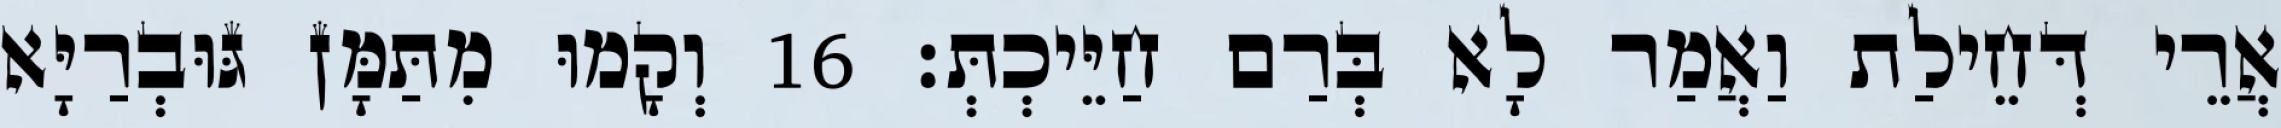
אֲרֵי דְּחֵילַת וַאֲמַר לָא בְּרַם חַיֵּיכְתְּ׃ 16 וְקָמוּ מִתַּמָּן גּוּבְרַיָּא